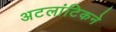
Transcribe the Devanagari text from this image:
अटलांटिकने